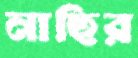
নাছির